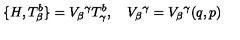
\{ H , T _ { \beta } ^ { b } \} = V _ { \beta } { } ^ { \gamma } T _ { \gamma } ^ { b } , \quad V _ { \beta } { } ^ { \gamma } = V _ { \beta } { } ^ { \gamma } ( q , p )